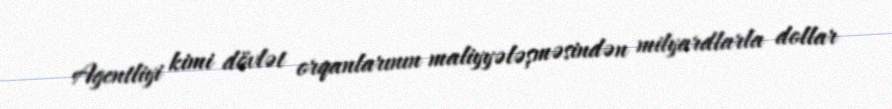
Agentliyi kimi dövlət orqanlarının maliyyələşməsindən milyardlarla dollar